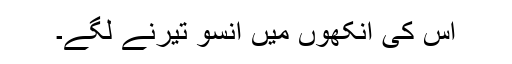
اُس کی آنکھوں میں آنسو تیرنے لگے۔